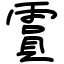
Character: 霣